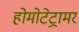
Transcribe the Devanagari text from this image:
होमोटेट्रामर